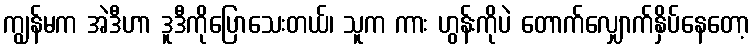
ကျွန်မက အဲဒီဟာ ဒူဒီကိုပြောသေးတယ်၊ သူက ကား ဟွန်းကိုပဲ တောက်လျှောက်နှိပ်နေတော့